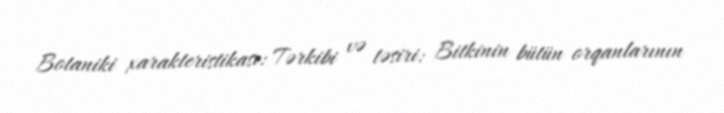
Botaniki xarakteristikası: Tərkibi və təsiri: Bitkinin bütün orqanlarının